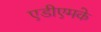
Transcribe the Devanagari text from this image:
एडीएमके